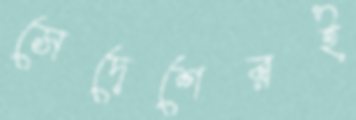
সেদেশেরই